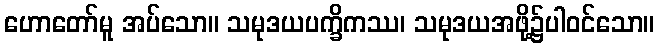
ဟောတော်မူ အပ်သော။ သမုဒယပက္ခိကဿ၊ သမုဒယအဖို့၌ပါဝင်သော။